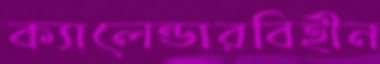
ক্যালেন্ডারবিহীন